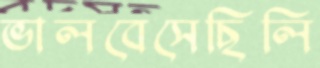
ভালবেসেছিলি